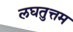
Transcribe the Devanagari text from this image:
लघतुत्तम